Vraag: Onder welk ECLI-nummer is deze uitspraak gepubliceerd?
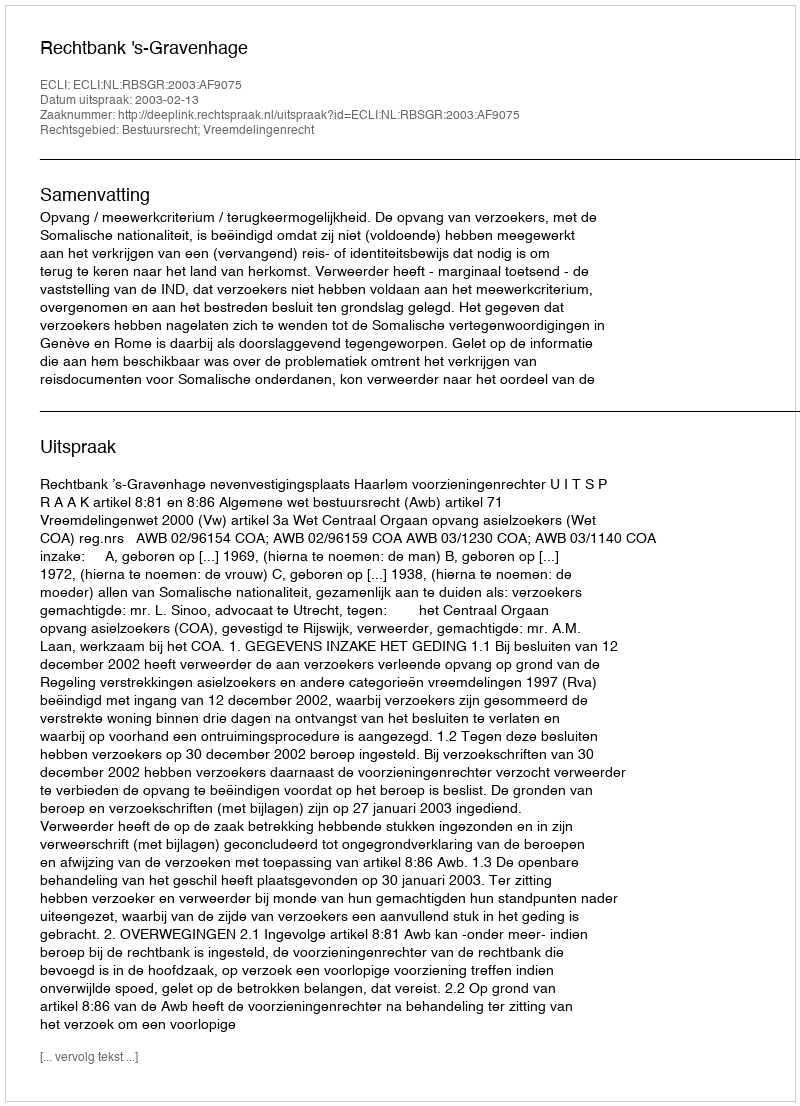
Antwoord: ECLI:NL:RBSGR:2003:AF9075